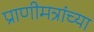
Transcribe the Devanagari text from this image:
प्राणीमत्रांच्या